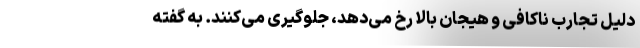
دلیل تجارب ناکافی و هیجان بالا رخ می‌دهد، جلوگیری می‌کنند. به گفته